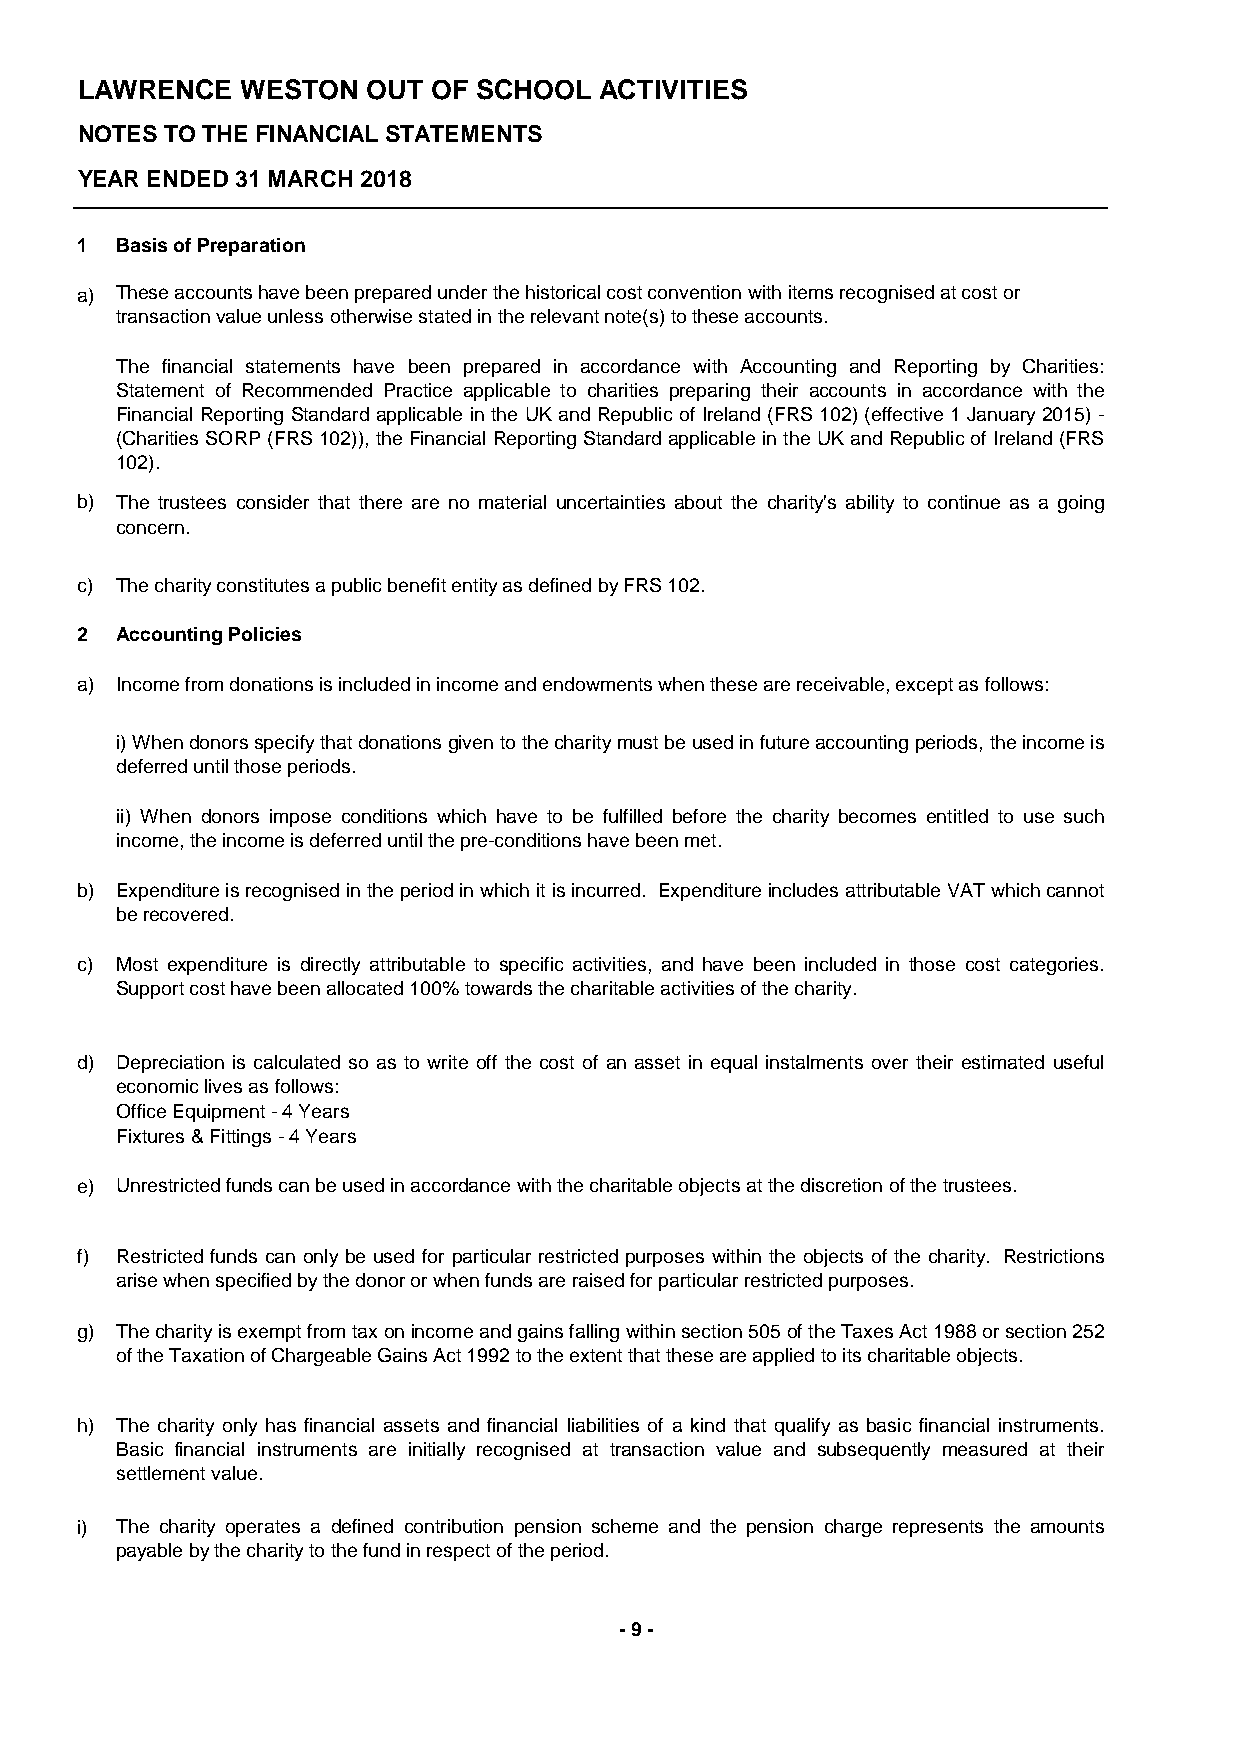
LAWRENCE   WESTON  OUT  OF SCHOOL  ACTIVITIES
 NOTES TO THE FINANCIAL STATEMENTS
 YEAR ENDED 31 MARCH 2018
 1  Basis of Preparation
 a) These accounts have been prepared under the historical cost convention with items recognised at cost or
 transaction value unless otherwise stated in the relevant note(s) to these accounts.
 The financial statements have been prepared in accordance with Accounting and Reporting by Charities:
 Statement of Recommended Practice applicable to charities preparing their accounts in accordance with the
 Financial Reporting Standard applicable in the UK and Republic of Ireland(FRS 102) (effective 1January2015) -
 (Charities SORP(FRS 102)), theFinancial ReportingStandardapplicable inthe UKand Republicof Ireland(FRS
 102).
 b) The trustees consider that there are no material uncertainties about the charity's ability to continue as a going
 concern.
 c) The charity constitutes a public benefit entity as defined by FRS 102.
 2  Accounting Policies
 a) Income from donations is included in income and endowments when these are receivable, except as follows:
 i)Whendonorsspecifythatdonationsgiventothecharitymustbeusedinfutureaccountingperiods,theincomeis
 deferred until those periods.
 ii) When donors impose conditions which have to be fulfilled before the charity becomes entitled to use such
 income, the income is deferred until the pre-conditions have been met.
 b) Expenditureisrecognisedintheperiodinwhichitisincurred. ExpenditureincludesattributableVATwhichcannot
 be recovered.
 c) Most expenditure is directly attributable to specific activities, and have been included in those cost categories.
 Support cost have been allocated 100% towards the charitable activities of the charity.
 d) Depreciation is calculated so as to write off the cost of an asset in equal instalments over their estimated useful
 economic lives as follows:
 Office Equipment - 4 Years
 Fixtures & Fittings - 4 Years
 e) Unrestricted funds can be used in accordance with the charitable objects at the discretion of the trustees.
 f) Restricted funds can only be used for particular restricted purposes within the objects of the charity. Restrictions
 arise when specified by the donor or when funds are raised for particular restricted purposes.
 g) Thecharityisexemptfromtaxonincomeandgainsfallingwithinsection505oftheTaxesAct1988orsection252
 of the Taxation of Chargeable Gains Act 1992 to the extent that these are applied to its charitable objects.
 h) The charity only has financial assets and financial liabilities of a kind that qualify as basic financial instruments.
 Basic financial instruments are initially recognised at transaction value and subsequently measured at their
 settlement value.
 i) The charity operates a defined contribution pension scheme and the pension charge represents the amounts
 payable by the charity to the fund in respect of the period.
 - 9 -